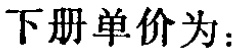
下册单价为：